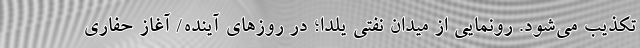
تکذیب می‌شود. رونمایی از میدان نفتی یلدا؛ در روزهای آینده/ آغاز حفاری